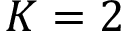
K = 2